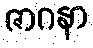
ဇာဂနာ